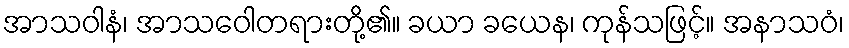
အာသဝါနံ၊ အာသဝေါတရားတို့၏။ ခယာ ခယေန၊ ကုန်သဖြင့်။ အနာသဝံ၊